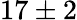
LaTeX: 17\pm 2